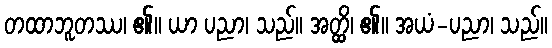
တထာဘူတဿ၊ ၏။ ယာ ပညာ၊ သည်။ အတ္တ္ထိ၊ ၏။ အယံ-ပညာ၊ သည်။